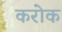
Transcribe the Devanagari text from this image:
करोक